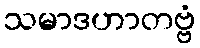
သမာဒဟာတဗ္ဗံ